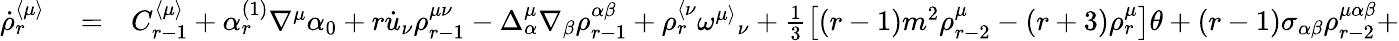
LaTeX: \begin{array}{rlr}{\dot{\rho}_{r}^{\langle\mu\rangle}}&{{}=}&{C_{r-1}^{\langle\mu\rangle}+\alpha_{r}^{(1)}\nabla^{\mu}\alpha_{0}+r\dot{u}_{\nu}\rho_{r-1}^{\mu\nu}-\Delta_{\alpha}^{\mu}\nabla_{\beta}\rho_{r-1}^{\alpha\beta}+\rho_{r}^{\langle\nu}\omega^{\mu\rangle}{}_{\nu}+\frac{1}{3}\left[(r-1)m^{2}\rho_{r-2}^{\mu}-(r+3)\rho_{r}^{\mu}\right]\theta+(r-1)\sigma_{\alpha\beta}\rho_{r-2}^{\mu\alpha\beta}+}\end{array}